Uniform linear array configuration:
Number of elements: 16
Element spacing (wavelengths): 0.75
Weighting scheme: kaiser
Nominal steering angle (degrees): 15
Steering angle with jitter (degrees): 15.462
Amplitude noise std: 0.05
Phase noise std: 0.05

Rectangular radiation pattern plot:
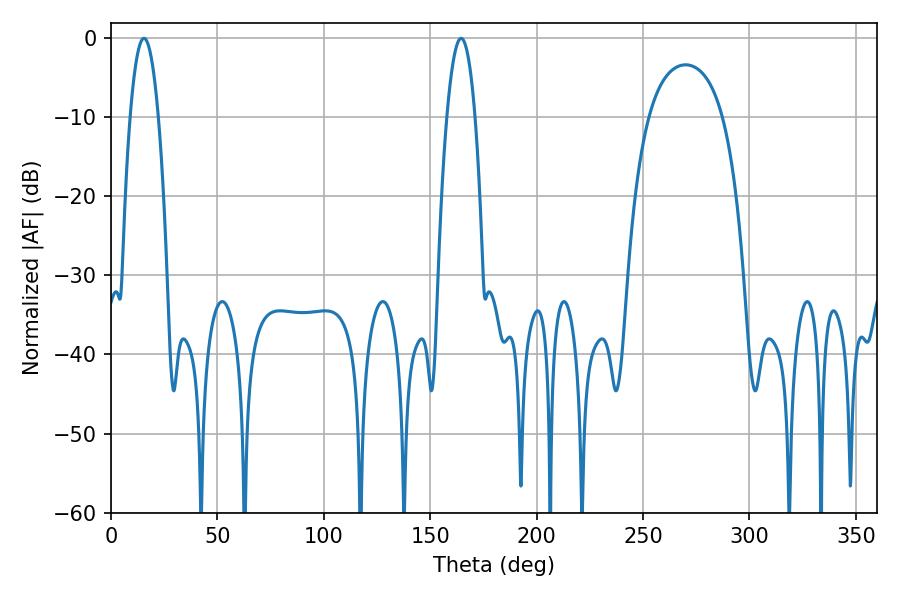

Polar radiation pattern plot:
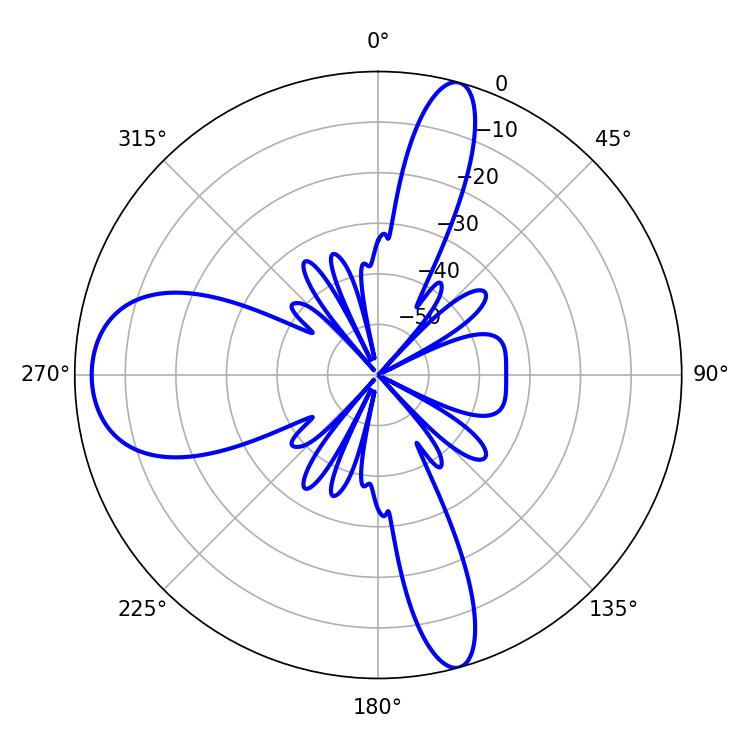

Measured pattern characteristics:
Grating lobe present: TRUE
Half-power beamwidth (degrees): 7.38
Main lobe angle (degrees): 15.48